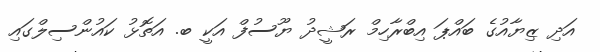
އަދި ޒިޔާއުގެ ބައްޕަ އިބްރާހިމް ރަޝީދު ޔޫސުފް އަކީ ބ. އަތޮޅު ކައުންސިލްގައި